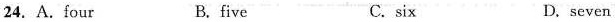
24. A.four B. five C.six D、seven